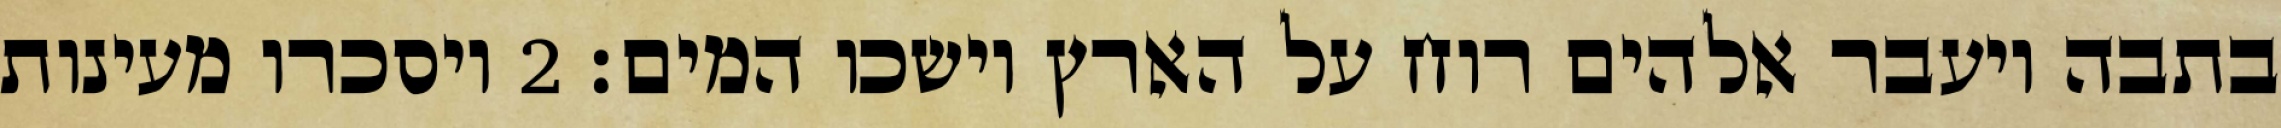
בתבה ויעבר אלהים רוח על הארץ וישכו המים׃ ‎2‏ ויסכרו מעינות